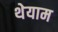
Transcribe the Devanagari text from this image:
थेयाम